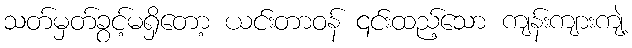
သတ်မှတ်ခွင့်မရှိတော့ ယင်းတာဝန် ၎င်းထည့်သော ကျန်းကျားကျဲ့